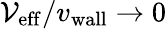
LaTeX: {\mathcal{V}_{\mathrm{{eff}}}}/{v_{\mathrm{{wall}}}}\rightarrow0